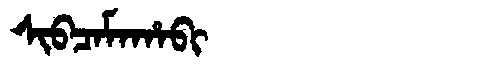
Manchu: ᠰᡳᠪᠴᠠᠮᠠᡥᠠᠪᡳ
Romanization: SIBCAMAHABI